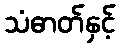
သံဓာတ်နှင့်